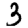
Digit: 3